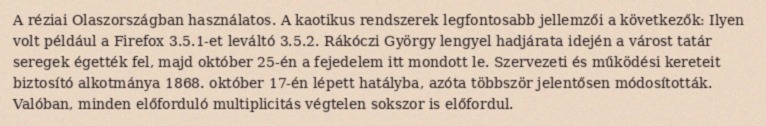
A réziai Olaszországban használatos. A kaotikus rendszerek legfontosabb jellemzői a következők: Ilyen volt például a Firefox 3.5.1-et leváltó 3.5.2. Rákóczi György lengyel hadjárata idején a várost tatár seregek égették fel, majd október 25-én a fejedelem itt mondott le. Szervezeti és működési kereteit biztosító alkotmánya 1868. október 17-én lépett hatályba, azóta többször jelentősen módosították. Valóban, minden előforduló multiplicitás végtelen sokszor is előfordul.